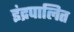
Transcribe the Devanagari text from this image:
इंद्रपालित